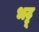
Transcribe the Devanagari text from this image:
भट्टू